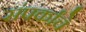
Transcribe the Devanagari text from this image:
संपर्कांचे